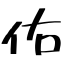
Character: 佑